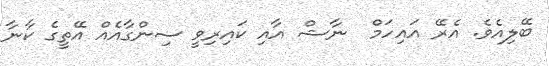
ބޭލިއެވެ. އެރޭ އައިހަމް  ނާޝް އާއި ކައިރިވީ ސިންގާއެއް އޭތީގެ ކާނާ